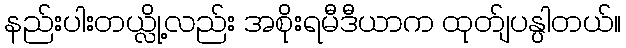
နည်းပါးတယ္လို့လည်း အစိုးရမီဒီယာက ထုတ်ျပန္ပါတယ်။